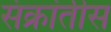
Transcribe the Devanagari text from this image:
संक्रांतीस